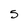
Character: 5